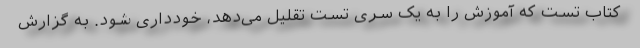
کتاب تست که آموزش را به یک سری تست تقلیل می‌دهد، خودداری شود. به گزارش